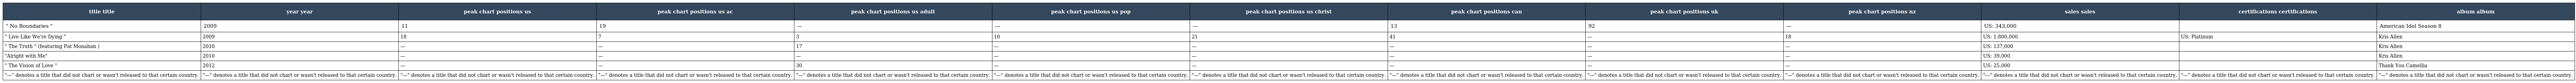
| title title | year year | peak chart positions us | peak chart positions us ac | peak chart positions us adult | peak chart positions us pop | peak chart positions us christ | peak chart positions can | peak chart positions uk | peak chart positions nz | sales sales | certifications certifications | album album |
 | --- | --- | --- | --- | --- | --- | --- | --- | --- | --- | --- | --- | --- |
 | " No Boundaries " | 2009 | 11 | 19 | — | — | — | 13 | 92 | — | US: 343,000 |  | American Idol Season 8 |
 | " Live Like We're Dying " | 2009 | 18 | 7 | 3 | 10 | 21 | 41 | — | 18 | US: 1,800,000 | US: Platinum | Kris Allen |
 | " The Truth " (featuring Pat Monahan ) | 2010 | — | — | 17 | — | — | — | — | — | US: 137,000 |  | Kris Allen |
 | "Alright with Me" | 2010 | — | — | — | — | — | — | — | — | US: 39,000 |  | Kris Allen |
 | " The Vision of Love " | 2012 | — | — | 30 | — | — | — | — | — | US: 25,000 |  | Thank You Camellia |
 | "—" denotes a title that did not chart or wasn't released to that certain country. | "—" denotes a title that did not chart or wasn't released to that certain country. | "—" denotes a title that did not chart or wasn't released to that certain country. | "—" denotes a title that did not chart or wasn't released to that certain country. | "—" denotes a title that did not chart or wasn't released to that certain country. | "—" denotes a title that did not chart or wasn't released to that certain country. | "—" denotes a title that did not chart or wasn't released to that certain country. | "—" denotes a title that did not chart or wasn't released to that certain country. | "—" denotes a title that did not chart or wasn't released to that certain country. | "—" denotes a title that did not chart or wasn't released to that certain country. | "—" denotes a title that did not chart or wasn't released to that certain country. | "—" denotes a title that did not chart or wasn't released to that certain country. | "—" denotes a title that did not chart or wasn't released to that certain country. |